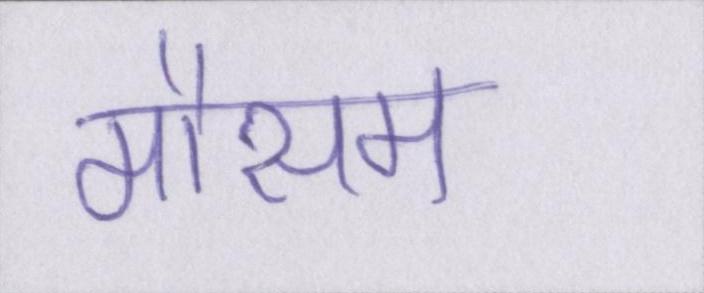
मौसम